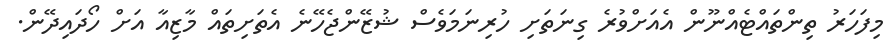
މިފަހަރު ތިންތައްޓެއްނޫން އެއަށްވުރެ ގިނަތަށި ހުރިނަމަވެސް ޝުޒޭންޖެހޭނެ އެތަށިތައް މާޒިއާ އަށް ހޯދައިދޭން.